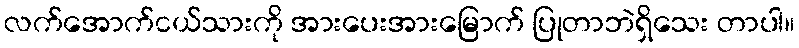
လက်အောက်ငယ်သားကို အားပေးအားမြောက် ပြုတာဘဲရှိသေး တာပါ။